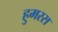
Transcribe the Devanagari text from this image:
हुमरस